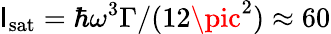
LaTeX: \mathsf{I}_{\mathrm{{sat}}}=\hbar\omega^{3}\Gamma/(12\pic^{2})\approx60